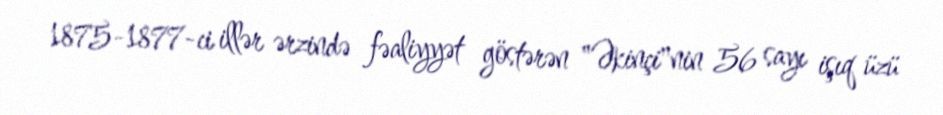
1875-1877-ci illər ərzində fəaliyyət göstərən "Əkinçi"nin 56 sayı işıq üzü